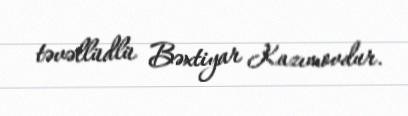
təvəllüdlü Bəxtiyar Kazımovdur.